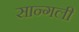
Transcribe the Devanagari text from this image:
सान्गली